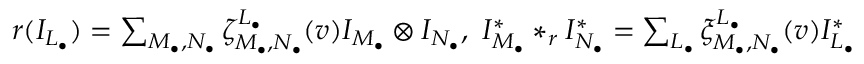
\begin{array} { r } { r ( I _ { L _ { \bullet } } ) = \sum _ { M _ { \bullet } , N _ { \bullet } } \zeta _ { M _ { \bullet } , N _ { \bullet } } ^ { L _ { \bullet } } ( v ) I _ { M _ { \bullet } } \otimes I _ { N _ { \bullet } } , \ I _ { M _ { \bullet } } ^ { * } * _ { r } I _ { N _ { \bullet } } ^ { * } = \sum _ { L _ { \bullet } } \xi _ { M _ { \bullet } , N _ { \bullet } } ^ { L _ { \bullet } } ( v ) I _ { L _ { \bullet } } ^ { * } } \end{array}